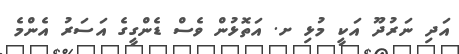
އަދި ނަރުދޫ އަކީ މުޅި ށ. އަތޮޅުން ވެސް ޑެންގީގެ އަސަރު އެންމެ